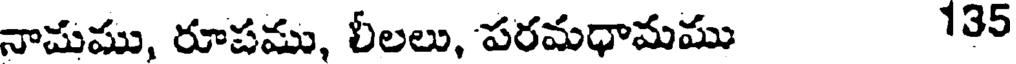
నామము, రూపము, లీలలు, పరమధామము 135